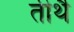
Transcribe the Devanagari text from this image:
तीर्थै